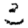
Digit: 3